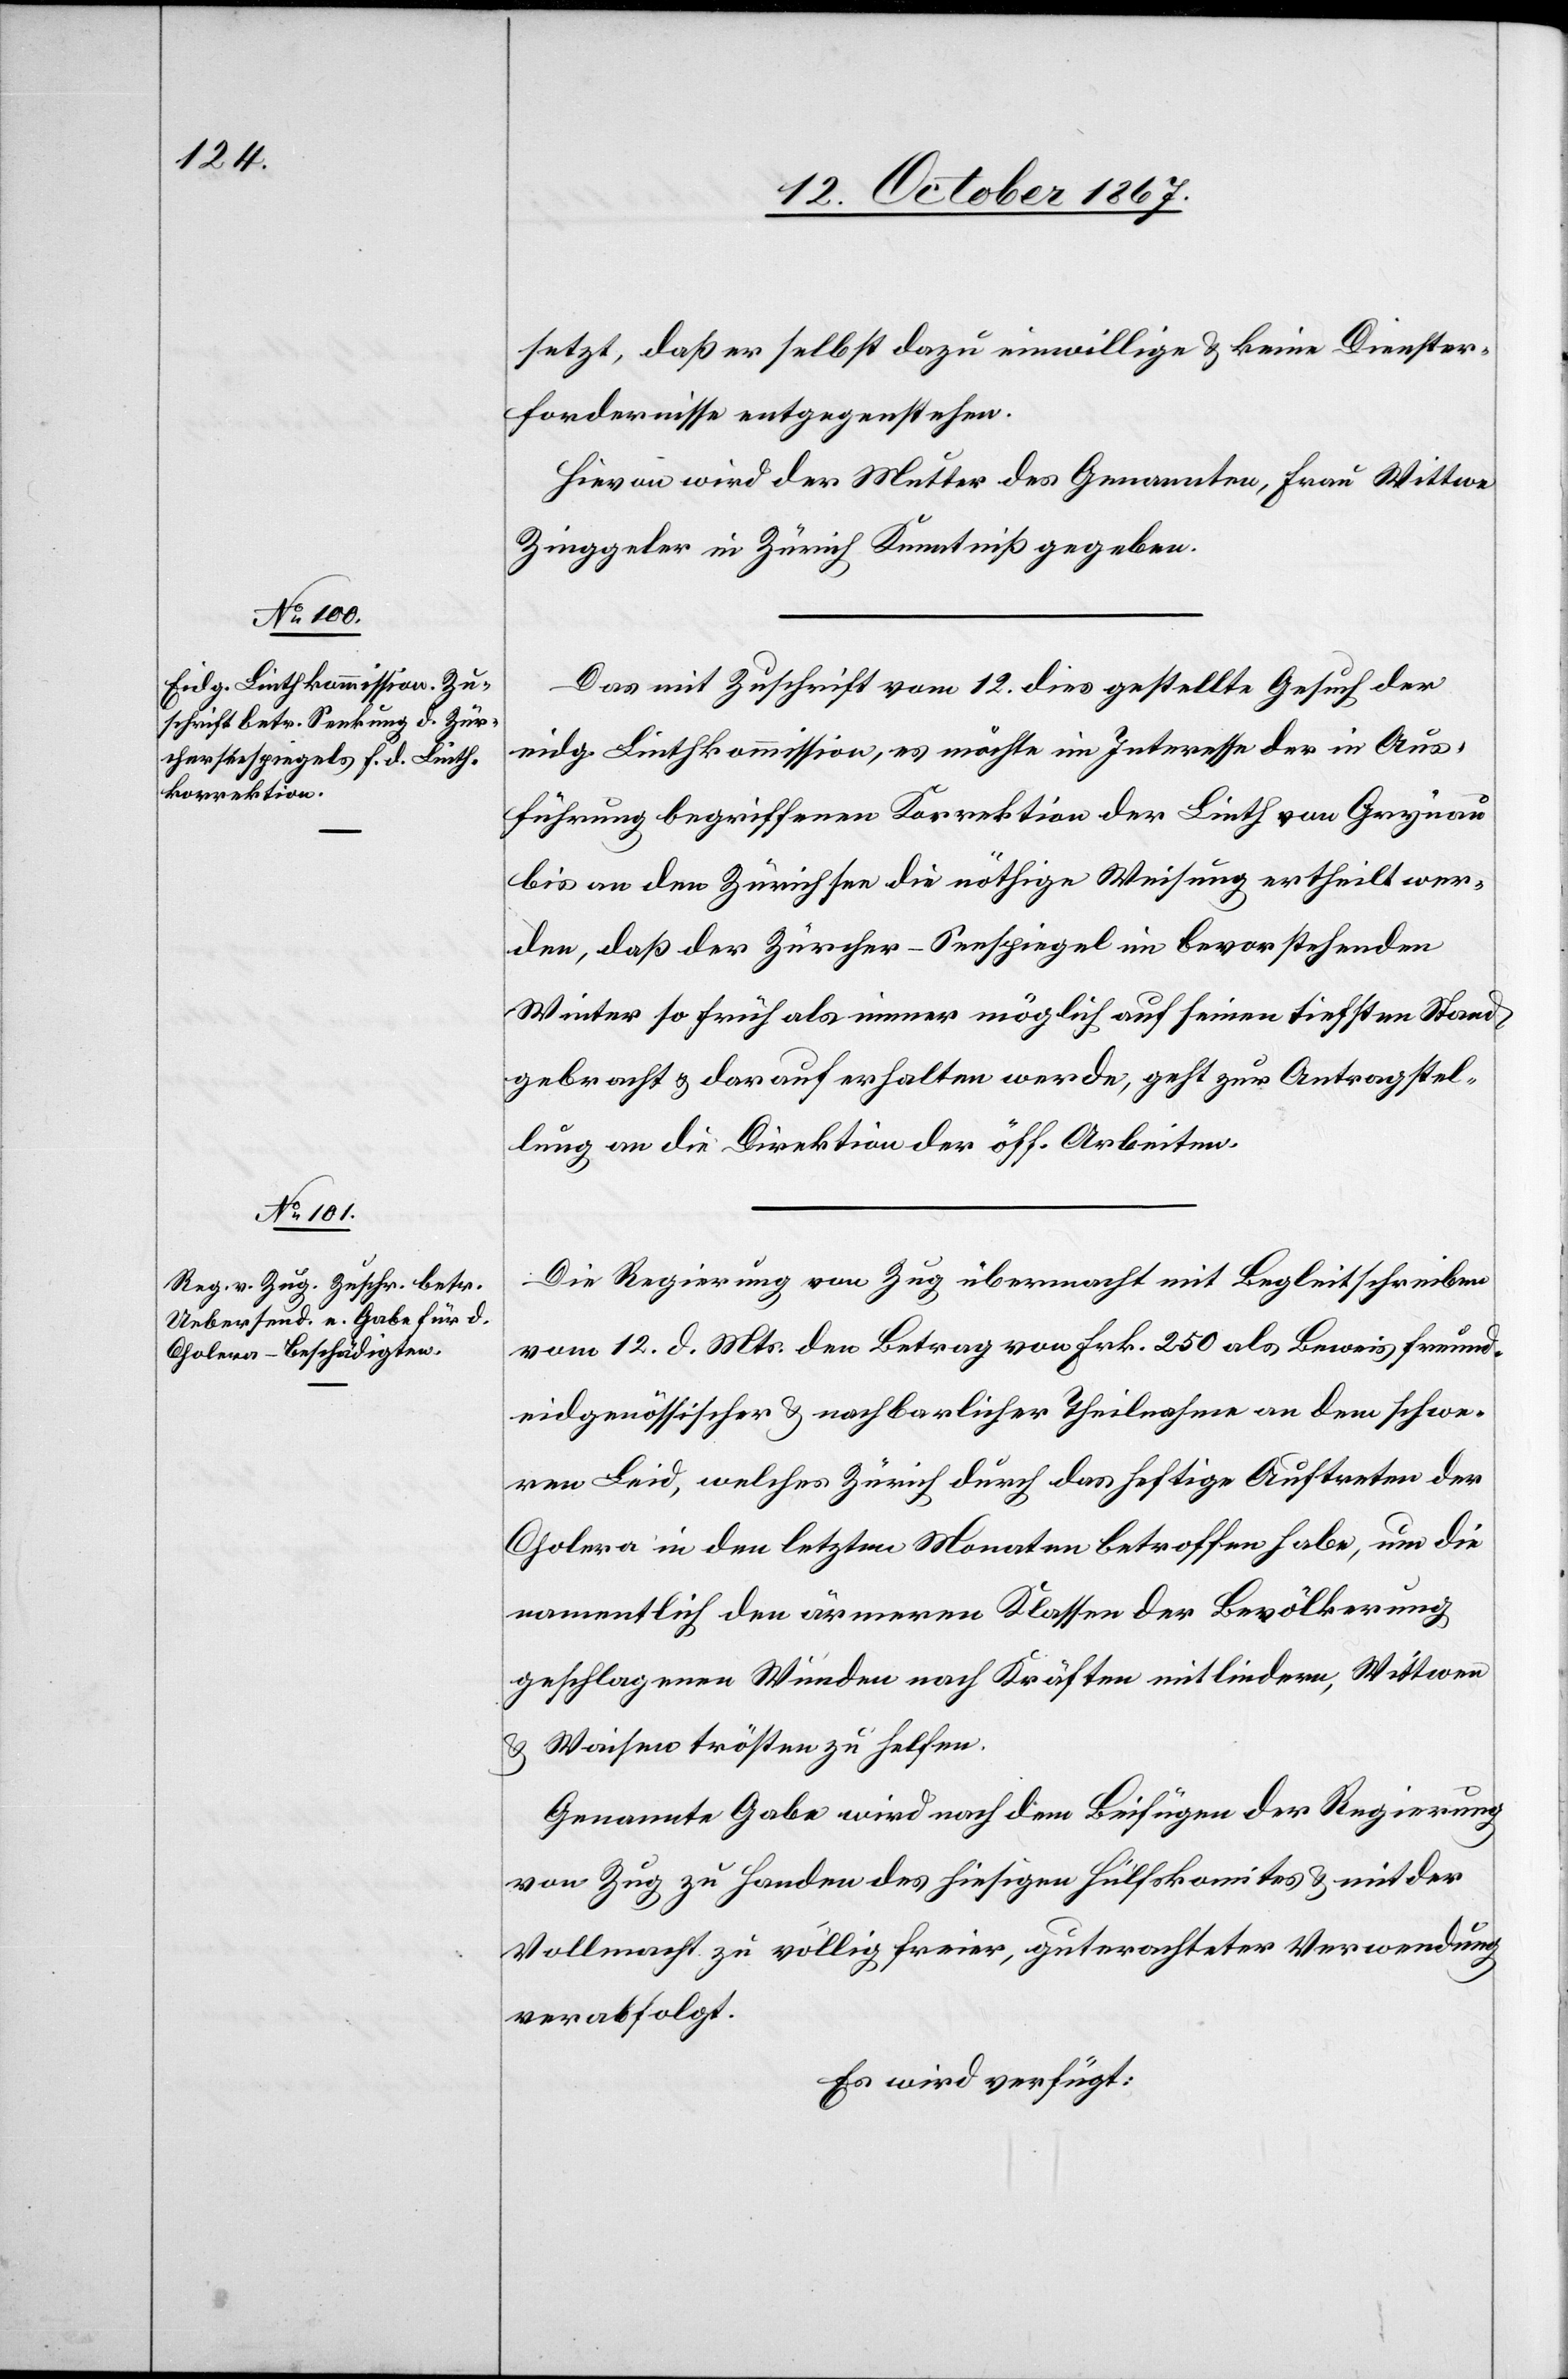
14. October 1867.]
setzt. daß er selbst dazu einwillige u. keine Dienster¬
fordernisse entgegenstehen.
Hievon wird der Mutter des Genannten, Frau Wittwe
Zinggeler in Zürich Kenntniß gegeben.
Das mit Zuschrift vom 12. dies gestellte Gesuch der
eidg. Linthkommission, es möchte im Interesse der in Aus¬
führung begriffenen Korrektion der Linth von Grynau
bis an den Zürichsee die nöthige Weisung ertheilt wer¬
den, daß der Zürcher-Seepspiegel im bevorstehenden
Winter so früh als immer möglich auf seinen tiefsten Stand
gebracht u. darauf erhalten werde, geht zur Antragstel¬
lung an die Direktion der öff. Arbeiten.
Die Regierung von Zug übermacht mit Begleitschreiben
vom 12. d. Mts. den Betrag von Frk. 250 als Beweis freund¬
eidgenössischer u. nachbarlicher Theilnahme an dem schwe¬
ren Leid, welches Zürich durch das heftige Auftreten der
Cholera in den letzten Monaten betroffen habe, um die
namentlich den ärmeren Klassen der Bevölkerung
geschlagenen Wunden nach Kräften mitlindern, Wittwen
u. Waisen trösten zu helfen.
Genannte Gabe wird nach dem Beifügen der Regierung
von Zug zu Handen des hiesigen Hülfskomites u. mit der
Vollmacht zu völlig freier, guterachteter Verwendung
verabfolgt.
Es wird verfügt: